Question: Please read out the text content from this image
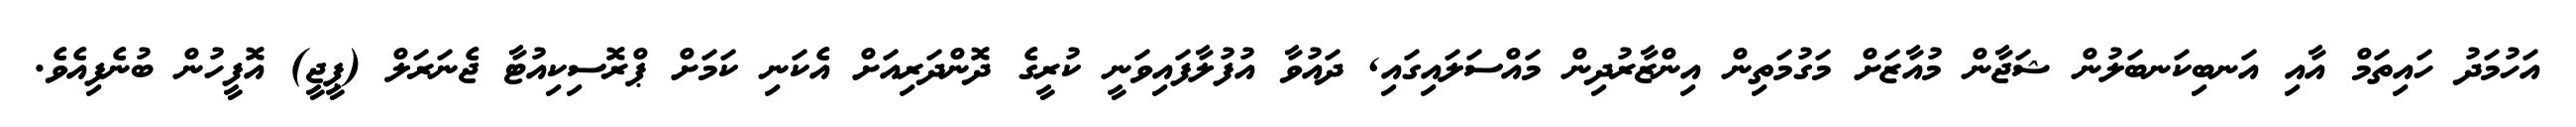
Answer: އަހުމަދު ހައިތަމް އާއި އަނބިކަނބަލުން ޝަޖާން މުއާޒަށް މަގުމަތިން އިންޒާރުދިން މައްސަލައިގައި, ދައުވާ އުފުލާފައިވަނީ ކުރީގެ ދޮންދަރިއަށް އެކަނި ކަމަށް ޕްރޮސިކިއުޓާ ޖެނަރަލް (ޕީޖީ) އޮފީހުން ބުނެފިއެވެ.